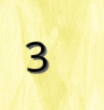
3